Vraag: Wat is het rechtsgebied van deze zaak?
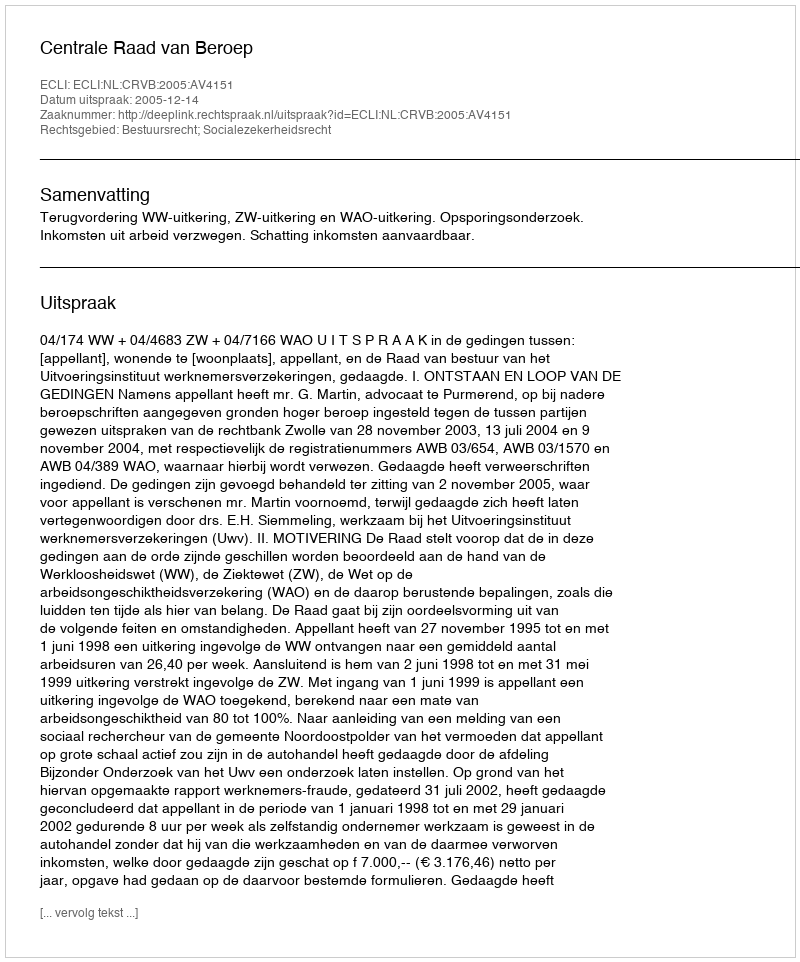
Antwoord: Bestuursrecht; Socialezekerheidsrecht